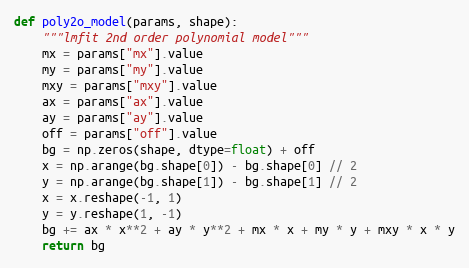
Language: Python
def poly2o_model(params, shape):
    """lmfit 2nd order polynomial model"""
    mx = params["mx"].value
    my = params["my"].value
    mxy = params["mxy"].value
    ax = params["ax"].value
    ay = params["ay"].value
    off = params["off"].value
    bg = np.zeros(shape, dtype=float) + off
    x = np.arange(bg.shape[0]) - bg.shape[0] // 2
    y = np.arange(bg.shape[1]) - bg.shape[1] // 2
    x = x.reshape(-1, 1)
    y = y.reshape(1, -1)
    bg += ax * x**2 + ay * y**2 + mx * x + my * y + mxy * x * y
    return bg